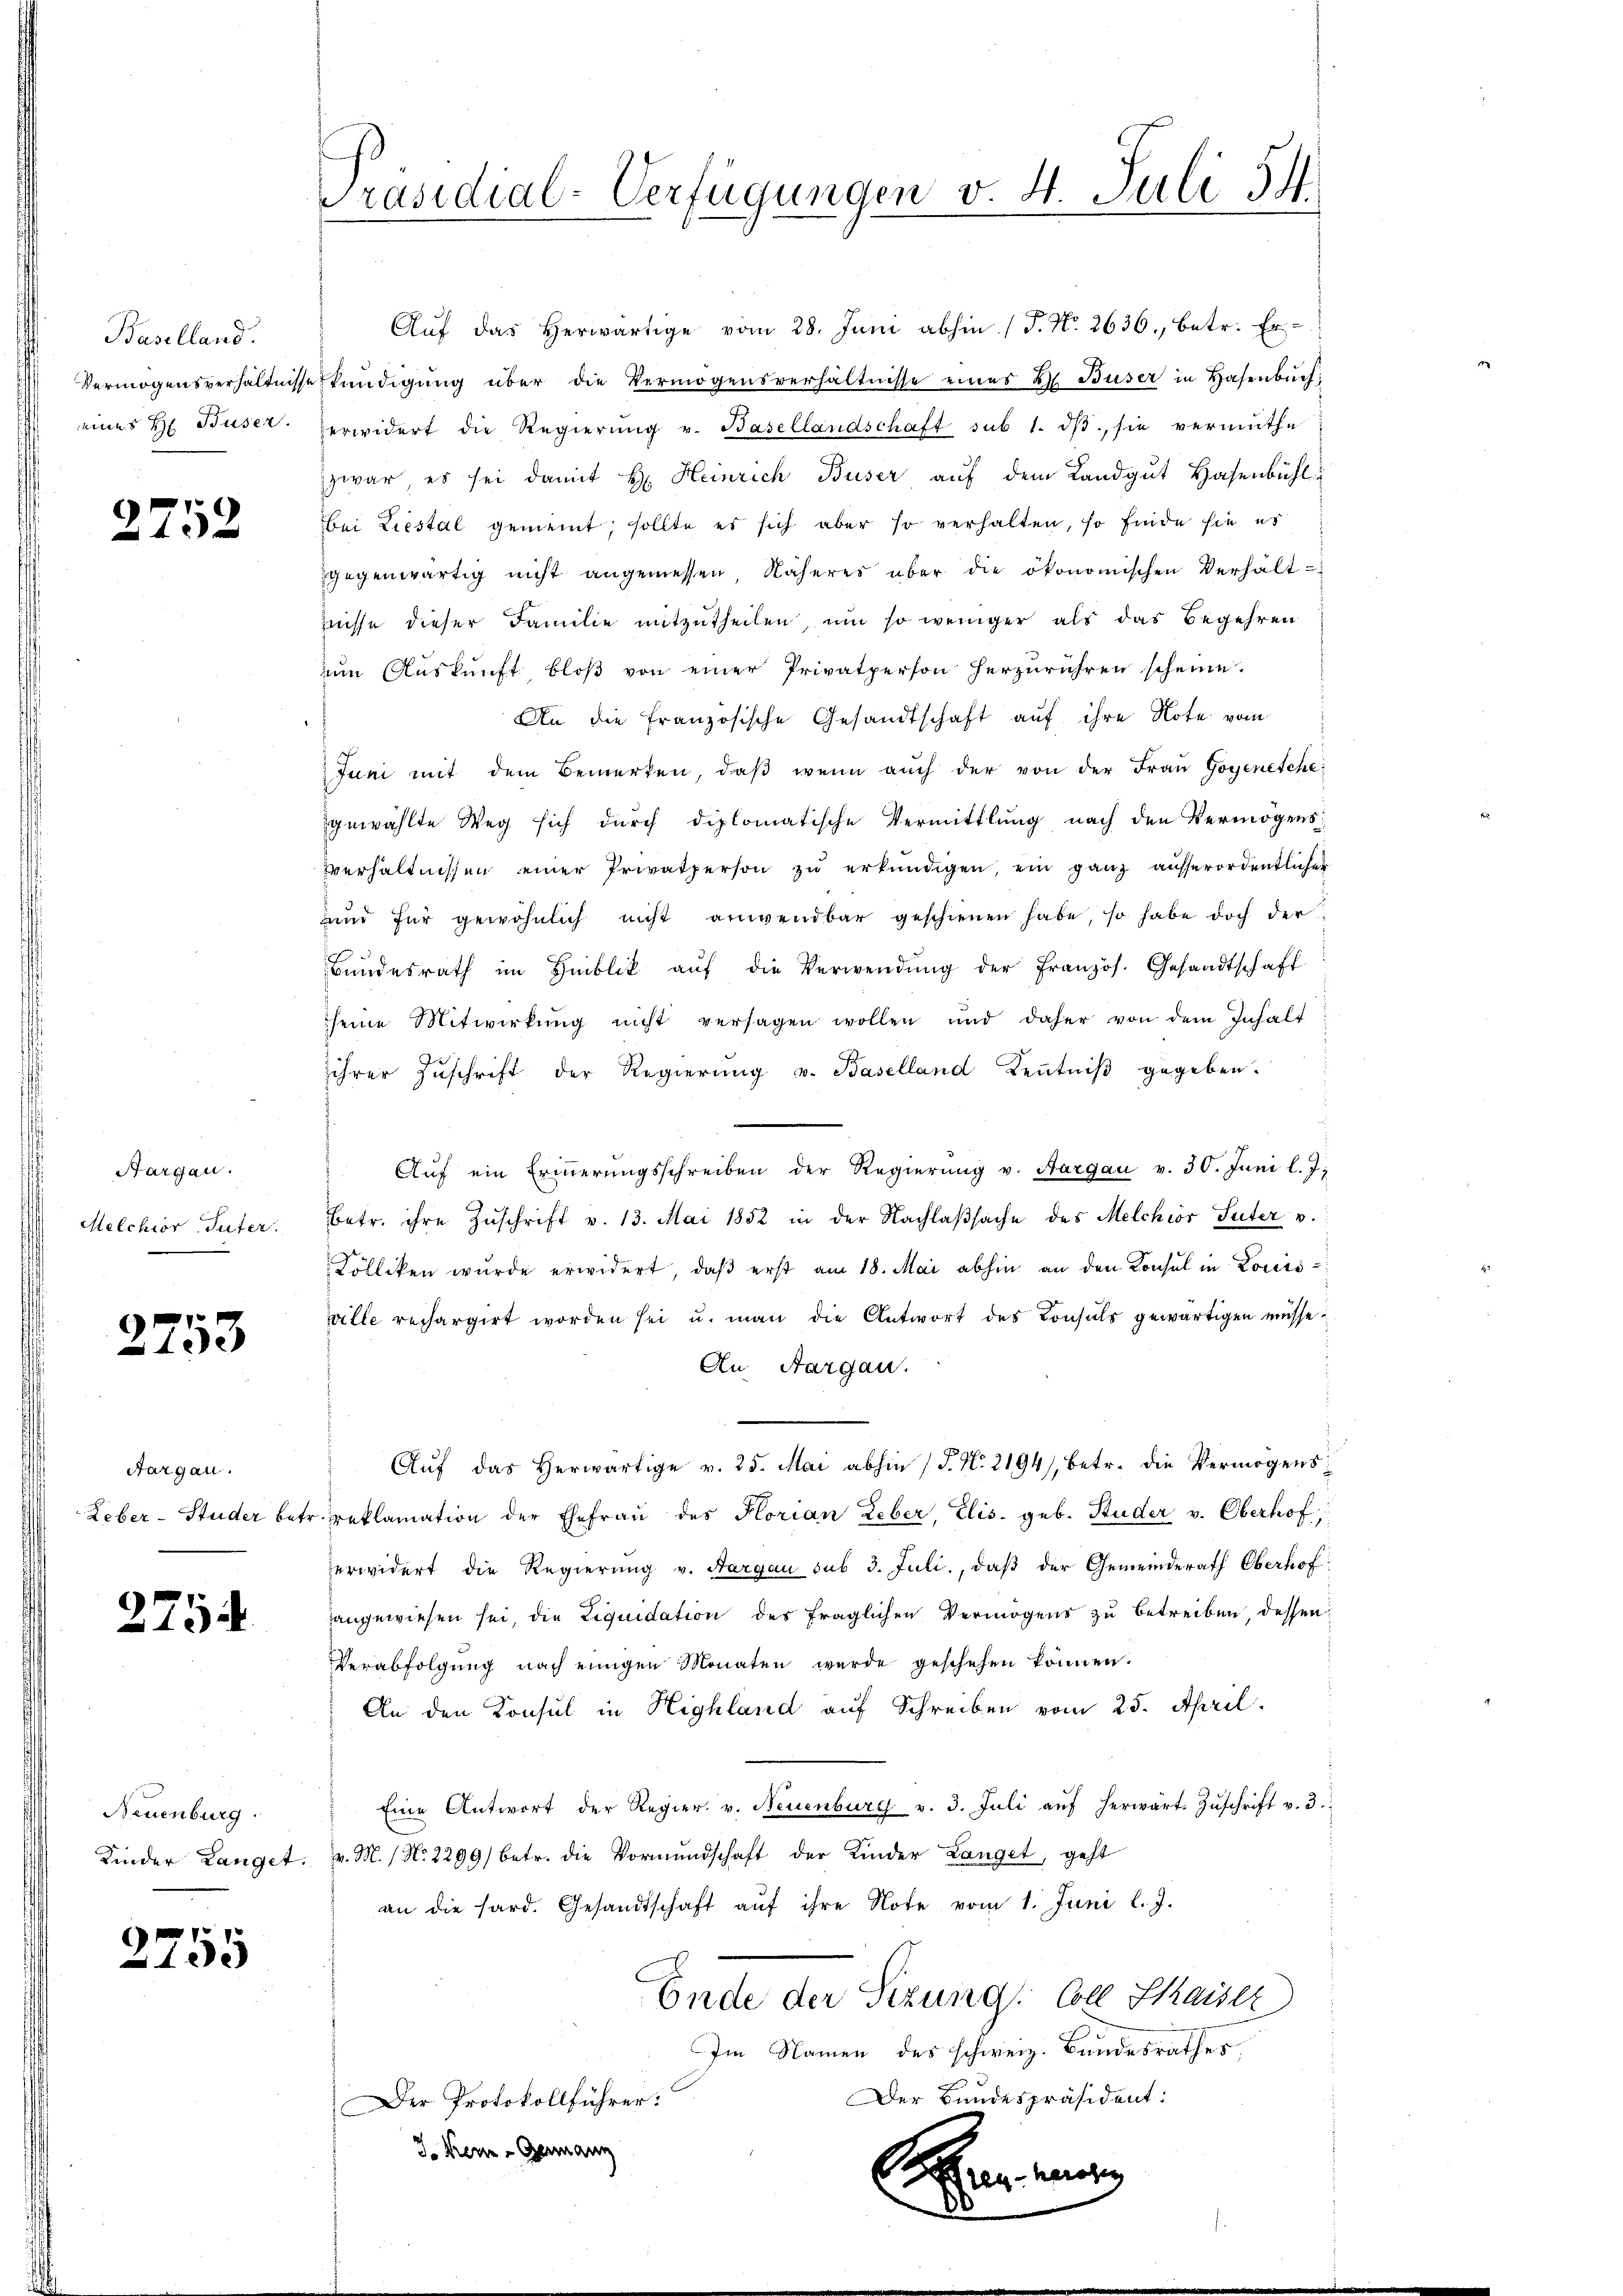
Baselland.
Vermögensverhältnisse
eines H Buser.

2752

Aargau.
Melchior Suter.

e
2153

Aargau.
Leber-Studer betr

2754

Neuenburg.
Kinder Langet.

2755

Präsidial-Verfügungen v. 4. Juli 54.

Aŭf das herwärtige vom 28. Juni abhin (T. No. 2636., betr. Er-
kündigŭng über die Vermögensverhältnisse eines L. Buser in Hasenbŭch;
erwidert die Regierŭng v. Basellandschaft sub 1. dβ, sie vermuthe
zwar, es sei damit H. Heinrich Buser auf dem Landgut Hasenbühl
bei Liestal gemeint, sollte es sich aber so verhalten, so finde sie es
gegenwärtig nicht angemessen Näheres über die ökonomischen Verhält-
Zweisse dieser Familie mitzutheilen, um so weniger als das Begehren
ŭm Aŭskŭnft bloβ von einer Privatperson herzŭrühren scheine.
An die französische Gesandtschaft auf ihre Note vom
Juni mit dem Bemerken, daβ wenn auch der von der Frau Gogenetche
gewählte Weg sich durch diplomatische Vermittlung nach den Vermögens
verhältnissen einer Privatperson zŭ erkundigen, ein ganz ausserordentlicher
und für gewöhnlich nicht anwendbar geschienen habe, so habe doch der
Bundesrath im Hinblik aŭf die Verwendŭng der Französ. Gesandtschaft
sseine Mitwirkung nicht versagen wollen und daher von dem Inhalt
ihrer Zŭschrift der Regierŭng u. Baselland Keṅtniβ gegeben.
Aŭf ein Erinnerungsschreiben der Regierŭng v. Aargau v. 30. Juni l. J.
Betr. ihre Zuschrift v. 13. Mai 1852 in der Nachlaßsache des Melchior Suter v.
Kölliken wurde erwidert, daβ erst am 18. Mai abhin an den Konsul in Louis-
ville rechargirt worden sei u. man die Antwort des Consuls gewärtigen müsse.
An Aargau.
Aŭf das herwärtige v. 25. Mai abhin (T. N. 2194), betr. die Vermögensreklamation der Ehefrau des Florian Leber, Elis. geb. Studer v. Oberhof
erwidert die Regierung v. Aargau sub 3. Juli, daß der Gemeinderath Oberhof
angewiesen sei, die Liquidation des fraglichen Vermögens zu betreiben, dessen
Verabfolgŭng nach einigen Monaten werde geschehen können.
An den Konsul in Highland auf Schreiben vom 25. April.
Eine Antwort der Regier. v. Neuenburg v. 3. Juli aŭf herwärt Zŭschrift v. 3.
v. M. / No. 2299) betr. die Vormundschaft der Kinder Langet, geht
an die hard. Gesandtschaft aŭf ihre Note vom 1. Juni l. J.
Ende der Sitzung: Coll Shaiser
Im Namen des schweiz. Bundesrathes,
Der Bundespräsident:
Der Protokollführer:
J. Keue-Genann
Eier mit